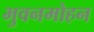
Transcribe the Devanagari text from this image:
भुवनमोहन